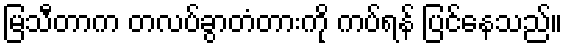
မြသီတာက တလပ်ခွာတံတားကို ကပ်ရန် ပြင်နေသည်။